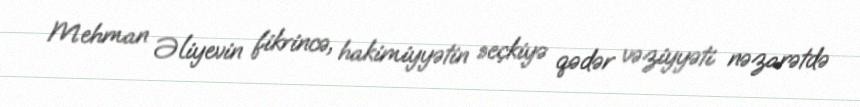
Mehman Əliyevin fikrincə, hakimiyyətin seçkiyə qədər vəziyyəti nəzarətdə